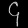
Digit: ၄